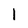
Character: l